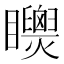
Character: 𥍌